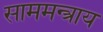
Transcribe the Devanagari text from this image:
साममन्त्राय